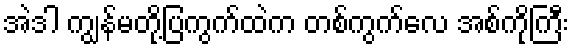
အဲဒါ ကျွန်မတို့ပြကွက်ထဲက တစ်ကွက်လေ အစ်ကိုကြီး